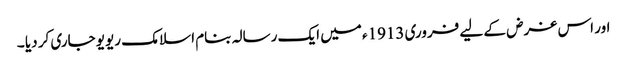
اور اس غرض کے لیے فروری 1913ء میں ایک رسالہ بنام اسلامک ریویو جاری کر دیا ۔